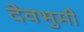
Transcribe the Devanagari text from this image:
देवभुमी